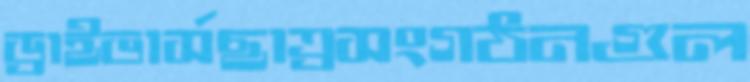
ড্রাইভার্সছাত্রসংগঠনগুল